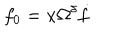
f _ { 0 } = x \Omega ^ { \delta } \dot { f }